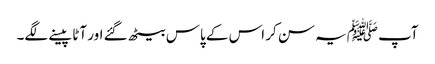
آپ ﷺیہ سن کر اس کے پاس بیٹھ گئے اور آٹا پیسنے لگے۔